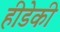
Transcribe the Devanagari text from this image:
हीडेकी